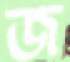
জ